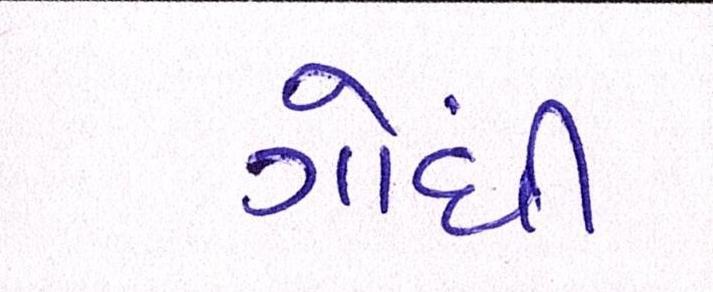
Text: ગોંધી